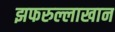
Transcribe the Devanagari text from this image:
झफरुल्लाखान